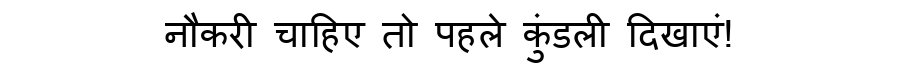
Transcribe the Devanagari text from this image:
नौकरी चाहिए तो पहले कुंडली दिखाएं!